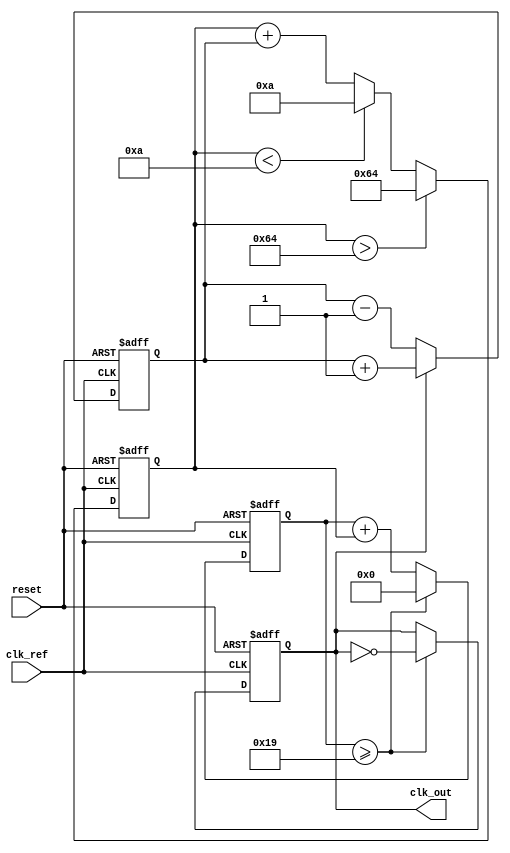
module fractional_pll (
    input wire clk_ref,           // Reference clock input
    input wire reset,             // Asynchronous reset
    output reg clk_out            // Output clock
);

// Parameters
parameter N = 4;                // Integer division factor
parameter FRAC = 3;             // Fractional part (e.g., 0.75 means FRAC=3)
parameter VCO_MAX_FREQ = 100;   // Max frequency of VCO
parameter VCO_MIN_FREQ = 10;    // Min frequency of VCO

// Internal signals
reg [31:0] phase_error;         // Phase error signal
reg [31:0] control_voltage;      // Control voltage for VCO
reg [31:0] vco_count;            // VCO counter
reg [31:0] divider_count;        // Divider counter
reg [31:0] fractional_divider;   // Fractional divider value

// Phase Detector (PD)
always @(posedge clk_ref or posedge reset) begin
    if (reset) begin
        phase_error <= 0;
    end else begin
        // Simple phase detection logic (example)
        if (clk_out) begin
            phase_error <= phase_error + 1; // Increment error
        end else begin
            phase_error <= phase_error - 1; // Decrement error
        end
    end
end

// Loop Filter (LF)
always @(posedge clk_ref or posedge reset) begin
    if (reset) begin
        control_voltage <= 0;
    end else begin
        // Simple first-order filter (proportional control)
        control_voltage <= control_voltage + phase_error;
        // Clamp control voltage to VCO range
        if (control_voltage > VCO_MAX_FREQ) begin
            control_voltage <= VCO_MAX_FREQ;
        end else if (control_voltage < VCO_MIN_FREQ) begin
            control_voltage <= VCO_MIN_FREQ;
        end
    end
end

// Voltage-Controlled Oscillator (VCO)
always @(posedge clk_ref or posedge reset) begin
    if (reset) begin
        vco_count <= 0;
        clk_out <= 0;
    end else begin
        // VCO frequency control based on control voltage
        vco_count <= vco_count + control_voltage;
        if (vco_count >= (VCO_MAX_FREQ / N)) begin
            clk_out <= ~clk_out; // Toggle output clock
            vco_count <= 0;      // Reset counter
        end
    end
end

// Fractional Divider
always @(posedge clk_out or posedge reset) begin
    if (reset) begin
        divider_count <= 0;
        fractional_divider <= 0;
    end else begin
        // Implementing fractional division
        divider_count <= divider_count + 1;
        if (divider_count >= N + FRAC) begin
            divider_count <= 0; // Reset counter
            fractional_divider <= ~fractional_divider; // Toggle for fractional division
        end
    end
end

endmodule